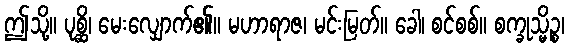
ဤသို့။ ပုစ္ဆိ၊ မေးလျှောက်၏။ မဟာရာဇ၊ မင်းမြတ်။ ခေါ၊ စင်စစ်။ စက္ခုသ္မိဉ္စ၊